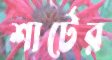
শার্টের